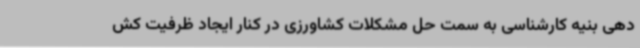
دهی بنیه کارشناسی به سمت حل مشکلات کشاورزی در کنار ایجاد ظرفیت کش